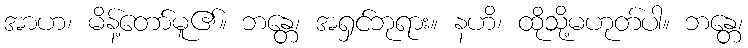
အာဟ၊ မိန့်တော်မူ၏။ ဘန္တေ၊ အရှင်ဘုရား။ နဟိ၊ ထိုသို့မဟုတ်ပါ။ ဘန္တေ၊